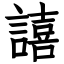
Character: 譆